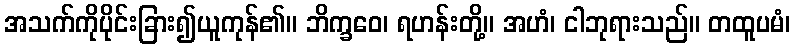
အသက်ကိုပိုင်းခြား၍ယူကုန်၏။ ဘိက္ခဝေ၊ ရဟန်းတို့။ အဟံ၊ ငါဘုရားသည်။ တထူပမံ၊